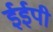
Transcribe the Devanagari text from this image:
ईईपी